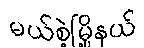
မယ်စဲ့မြို့နယ်